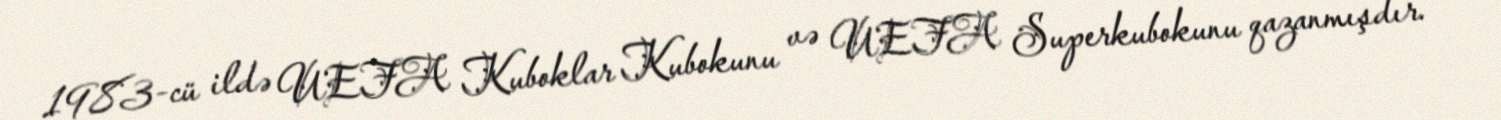
1983-cü ildə UEFA Kuboklar Kubokunu və UEFA Superkubokunu qazanmışdır.